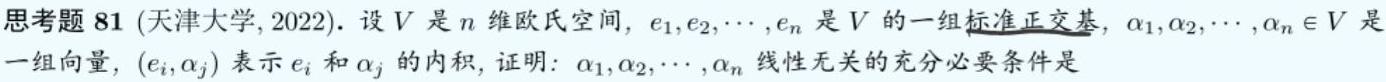
思考题 81 (天津大学, 2022). 设 $V$ 是 $n$ 维欧氏空间, $e_1,e_2,\cdots,e_n$ 是 $V$ 的一组标准正交基, $\alpha_1,\alpha_2,\cdots,\alpha_n\in V$ 是一组向量, $(e_i,\alpha_j)$ 表示 $e_i$ 和 $\alpha_j$ 的内积, 证明: $\alpha_1,\alpha_2,\cdots,\alpha_n$ 线性无关的充分必要条件是